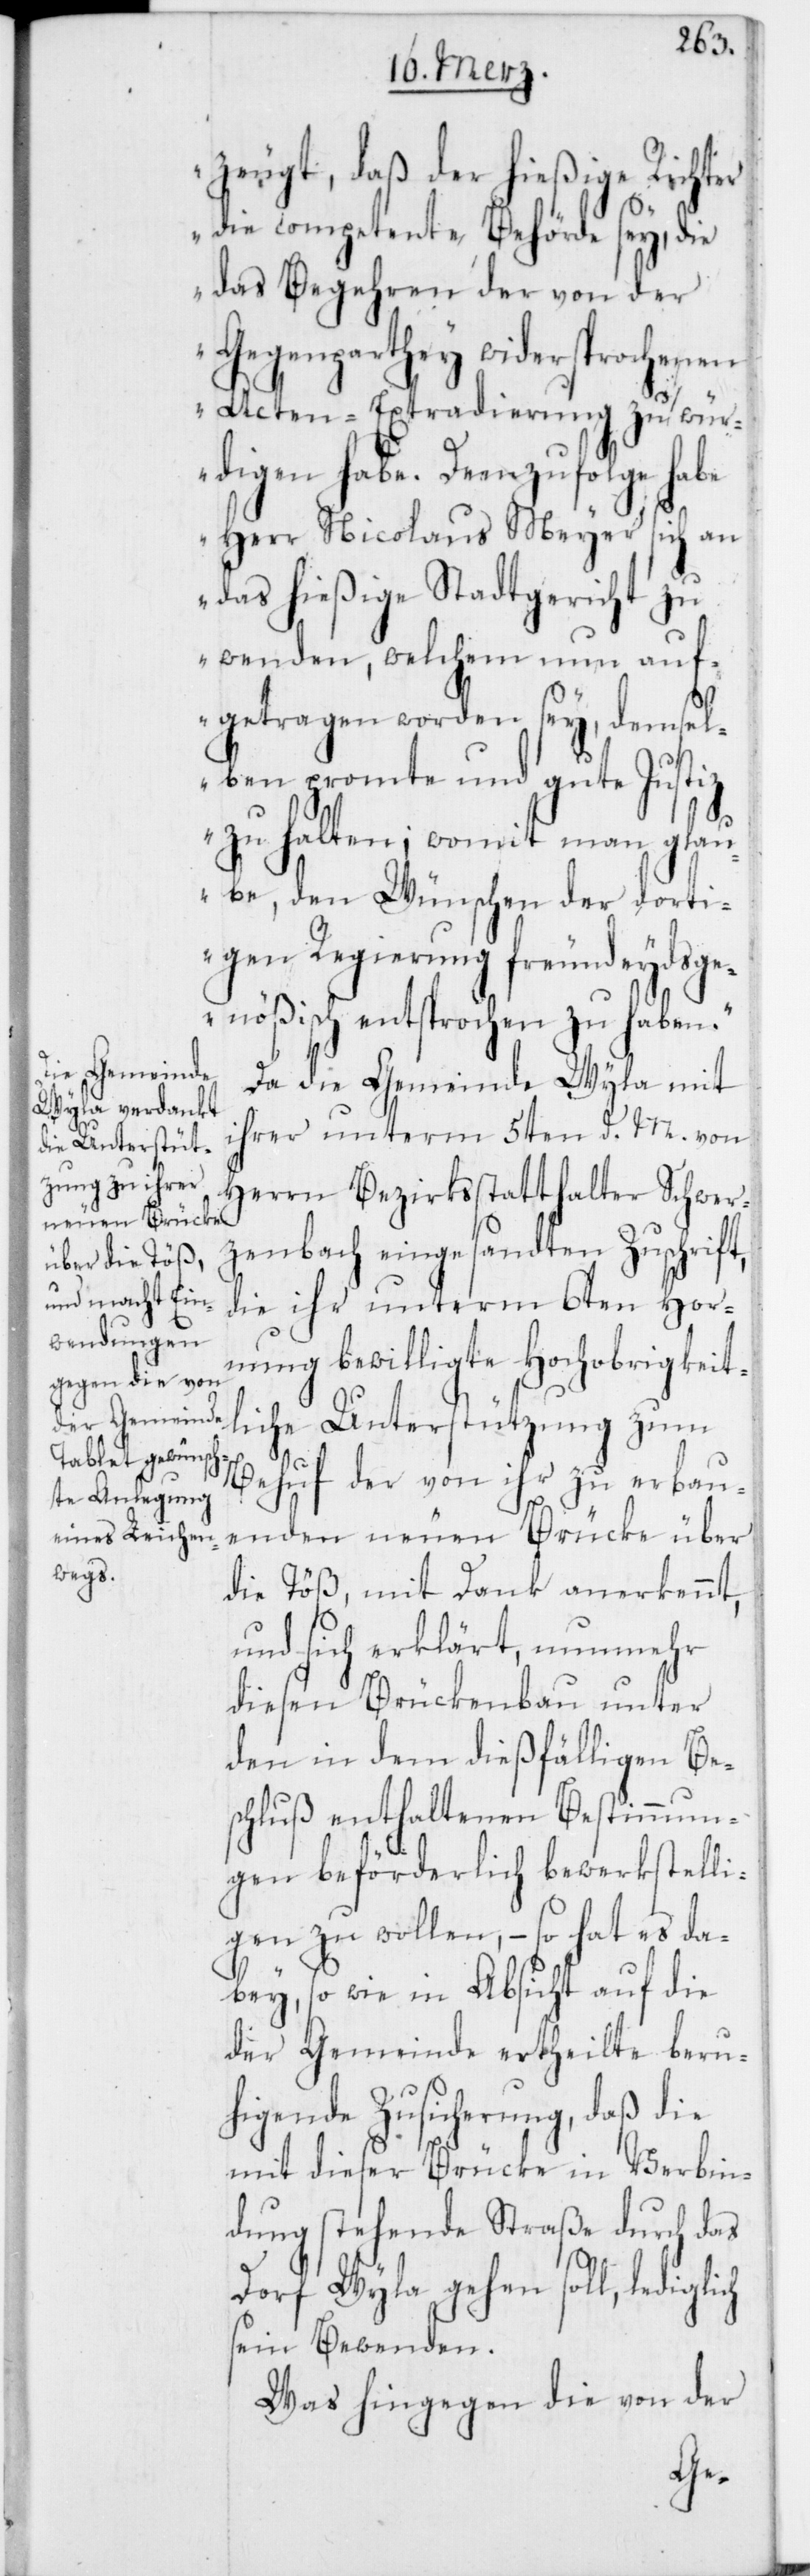
zeugt, daß der hießige Richter
die competente Behörde sey, die
das Begehren der von der
Gegenparthey widersprochenen
Acten-Extradierung zu wür¬
digen habe. Demzufolge habe
Herr Nicolaus Meyer sich an
das hießige Stadtgericht zu
wenden, welchem nun auf¬
getragen worden sey, demsel¬
ben prompte und gute Justiz
zu halten; womit man glau¬
be, den Wünschen der dorti¬
gen Regierung freundeydsge¬
nößisch entsprochen zu haben.“
Da die Gemeinde Wyla mit
ihrer unterm 5ten d. M. von
Herrn Bezirksstatthalter Schwer¬
zenbach eingesandten Zuschrift,
die ihr unterm 6ten Hor¬
nung bewilligte Hochobrigkeit¬
liche Unterstützung zum
Behuf der von ihr zu erbau¬
enden neuen Brücke über
die Töß, mit Dank anerkennt,
und sich erklärt, nunmehr
diesen Brückenbau unter
den in dem dießfälligen Be¬
schluß enthaltenen Bestimmun¬
gen beförderlich bewerkstelli¬
gen zu wollen, – so hat es da¬
bey, so wie in Absicht auf die
der Gemeinde ertheilte beru¬
higende Zusicherung, daß die
mit dieser Brücke in Verbin¬
dung stehende Straße durch das
Dorf Wyla gehen soll, lediglich
sein Bewenden.
Was hingegen die von der